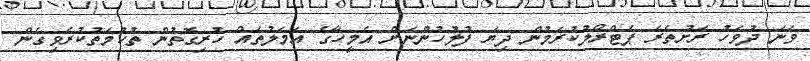
ވަނަ ދުވަހު ރަށުތެރެ ޕެޓްރޯލުކުރަމުން ދިޔަ ފުލުހުންނަށް އެމީހާގެ އަމަލުތައް ހުރިގޮތުން ތުހުމަތުކުރެވިގެން